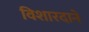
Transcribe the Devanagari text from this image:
विशारदाने